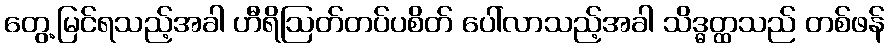
တွေ့မြင်ရသည့်အခါ ဟီရိဩတ်တပ်ပစိတ် ပေါ်လာသည့်အခါ သိဒ္ဓတ္ထသည် တစ်ဖန်